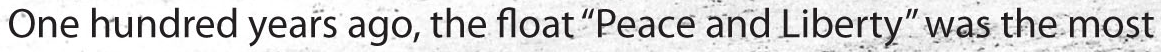
One hundred years ago, the float "Peace and Liberty" was the most